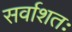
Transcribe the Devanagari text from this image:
सर्वाशतः